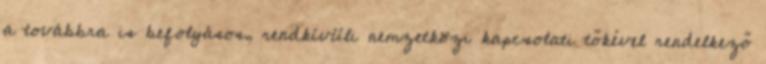
a továbbra is befolyásos, rendkívüli nemzetközi kapcsolati tőkével rendelkező